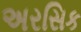
અરસિક